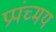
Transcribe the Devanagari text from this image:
प्रपंच्मय